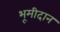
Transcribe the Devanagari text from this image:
भूमीदान